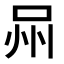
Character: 𭇫